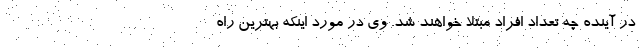
در آینده چه تعداد افراد مبتلا خواهند شد. وی در مورد اینکه بهترین راه